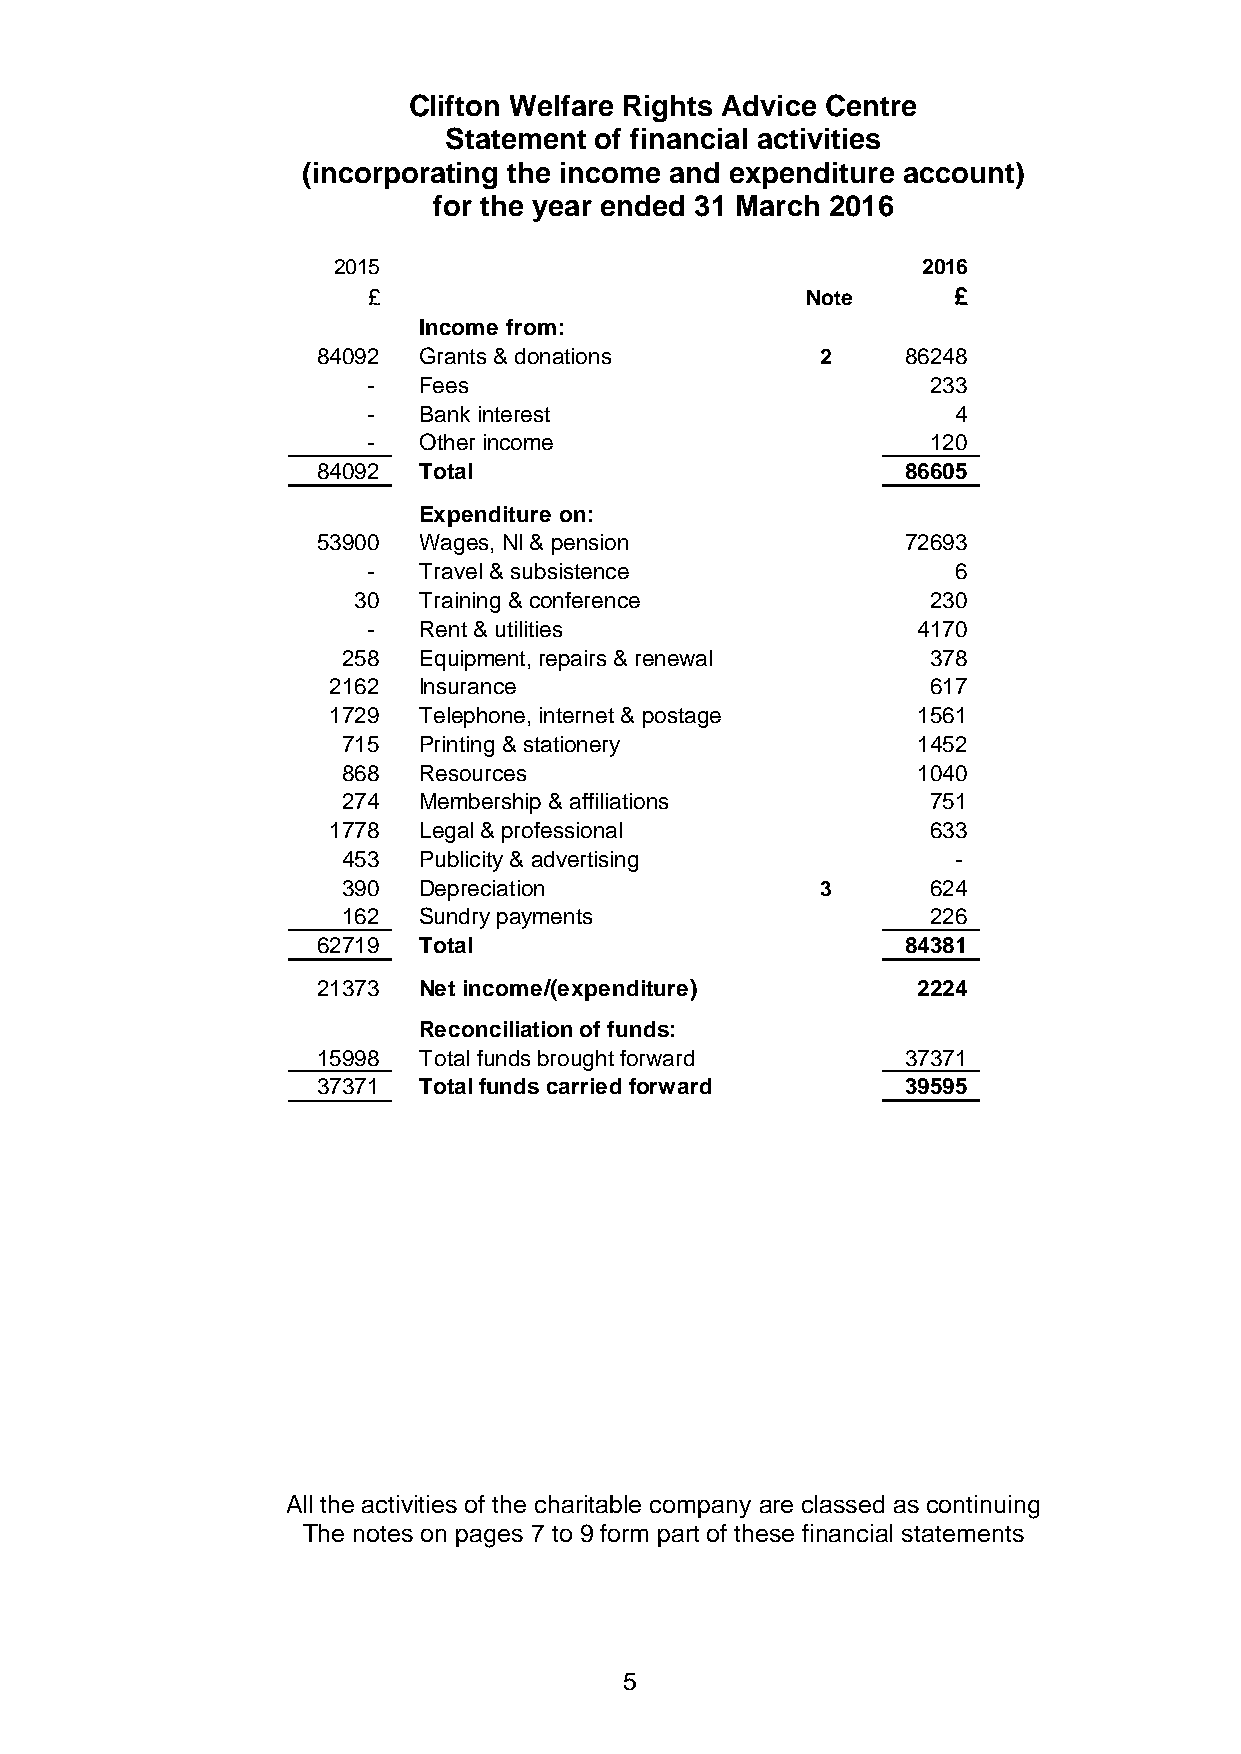
Clifton Welfare Rights Advice Centre
 Statement of financial activities
 (incorporating the income and expenditure account)
 for the year ended 31 March 2016
 2015                                   2016
 £                            Note      £
 Income from:
 84092  Grants & donations        2     86248
 -   Fees                              233
 -   Bank interest                      4
 -   Other income                      120
 84092  Total                           86605
 Expenditure on:
 53900  Wages, NI & pension             72693
 -   Travel & subsistence               6
 30   Training & conference             230
 -   Rent & utilities                 4170
 258  Equipment, repairs & renewal      378
 2162  Insurance                         617
 1729  Telephone, internet & postage    1561
 715  Printing & stationery            1452
 868  Resources                        1040
 274  Membership & affiliations         751
 1778  Legal & professional              633
 453  Publicity & advertising            -
 390  Depreciation              3       624
 162  Sundry payments                   226
 62719  Total                           84381
 21373  Net income/(expenditure)         2224
 Reconciliation of funds:
 15998  Total funds brought forward     37371
 37371  Total funds carried forward     39595
 All the activities of the charitable company are classed as continuing
 The notes on pages 7 to 9 form part of these financial statements
 5